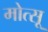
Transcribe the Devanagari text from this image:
मोत्सू